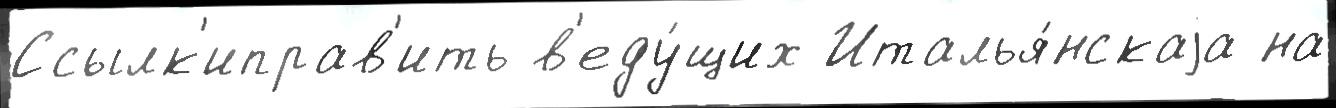
Ссылк'иправ'ить в'еду́щих Италья́нскаjа на